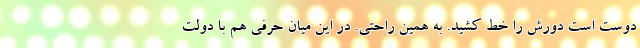
دوست است دورش را خط کشید. به همین راحتی. در این میان حرفی هم با دولت